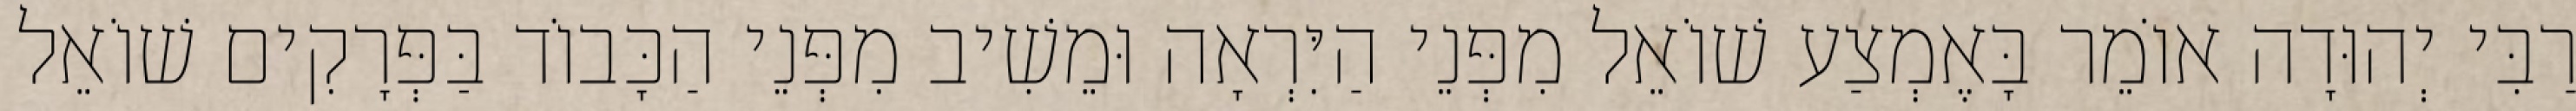
רַבִּי יְהוּדָה אוֹמֵר בָּאֶמְצַע שׁוֹאֵל מִפְּנֵי הַיִּרְאָה וּמֵשִׁיב מִפְּנֵי הַכָּבוֹד בַּפְּרָקִים שׁוֹאֵל